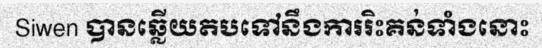
Siwen បានឆ្លើយតបទៅនឹងការរិះគន់ទាំងនោះ